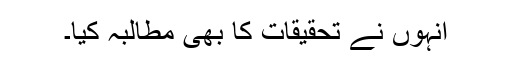
انہوں نے تحقیقات کا بھی مطالبہ کیا۔